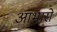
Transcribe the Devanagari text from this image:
आभारों